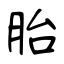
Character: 胎